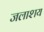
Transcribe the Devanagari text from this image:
जलाश्‍ाय